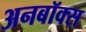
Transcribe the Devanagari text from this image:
अनबॉक्स